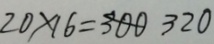
2 0 \times 1 6 = 3 0 0 3 2 0